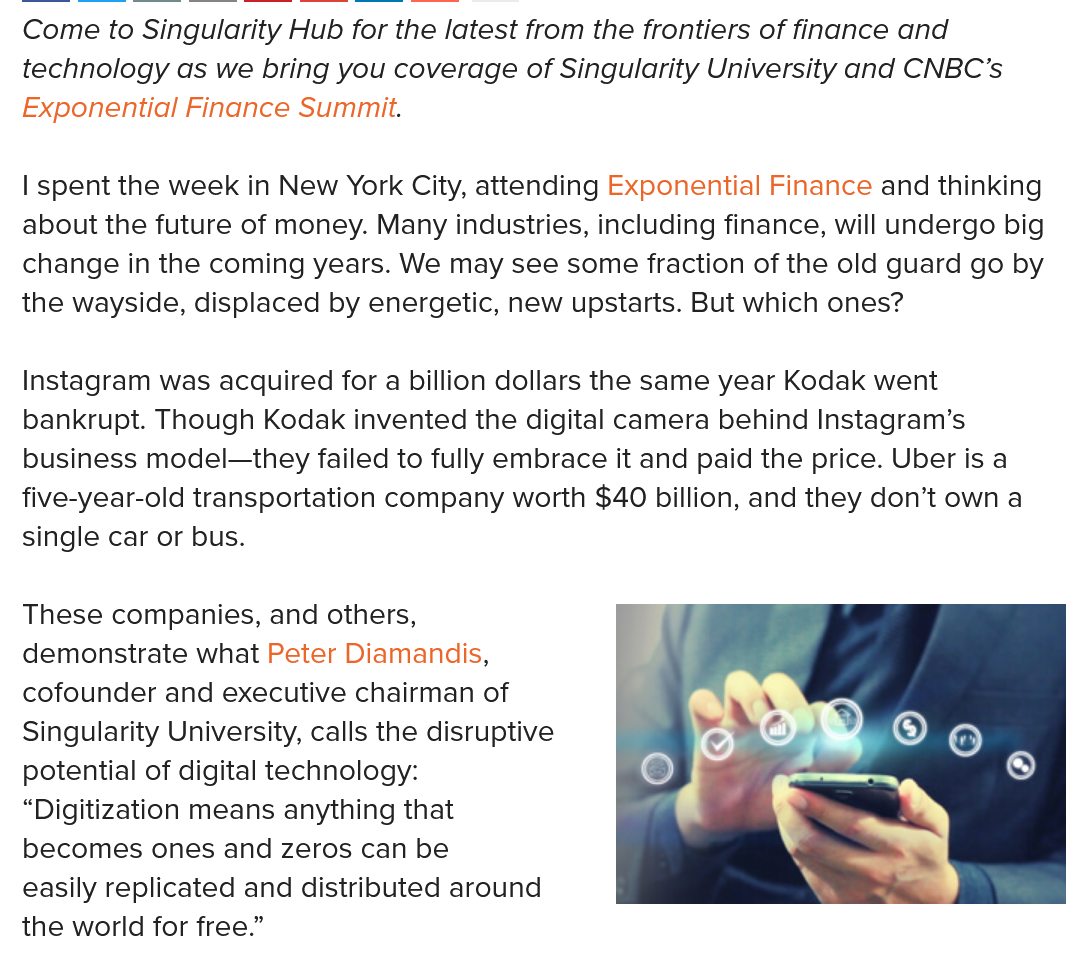
Instagram was acquired for a billion dollars the same year Kodak went
  bankrupt. Though Kodak invented the digital camera behind Instagram’s
  business model—they failed to fully embrace it and paid the price. Uber is a
  five-year-old transportation company worth $40 billion, and they don’t own a
  single car or bus.
  These companies, and others,
  demonstrate what Peter Diamandis,
  cofounder and executive chairman of
  Singularity University, calls the disruptive
  potential of digital technology:
  “Digitization means anything that
  becomes ones and zeros can be
  easily replicated and distributed around
  the world for free.”
  Come to Singularity Hub for the latest from the frontiers of finance and
  technology as we bring you coverage of Singularity University and CNBC’s
  Exponential Finance Summit.
  | spent the week in New York City, attending Exponential Finance and thinking
  about the future of money. Many industries, including finance, will undergo big
  change in the coming years. We may see some fraction of the old guard go by
  the wayside, displaced by energetic, new upstarts. But which ones?